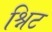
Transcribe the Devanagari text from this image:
श्निट